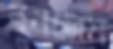
বনলেম